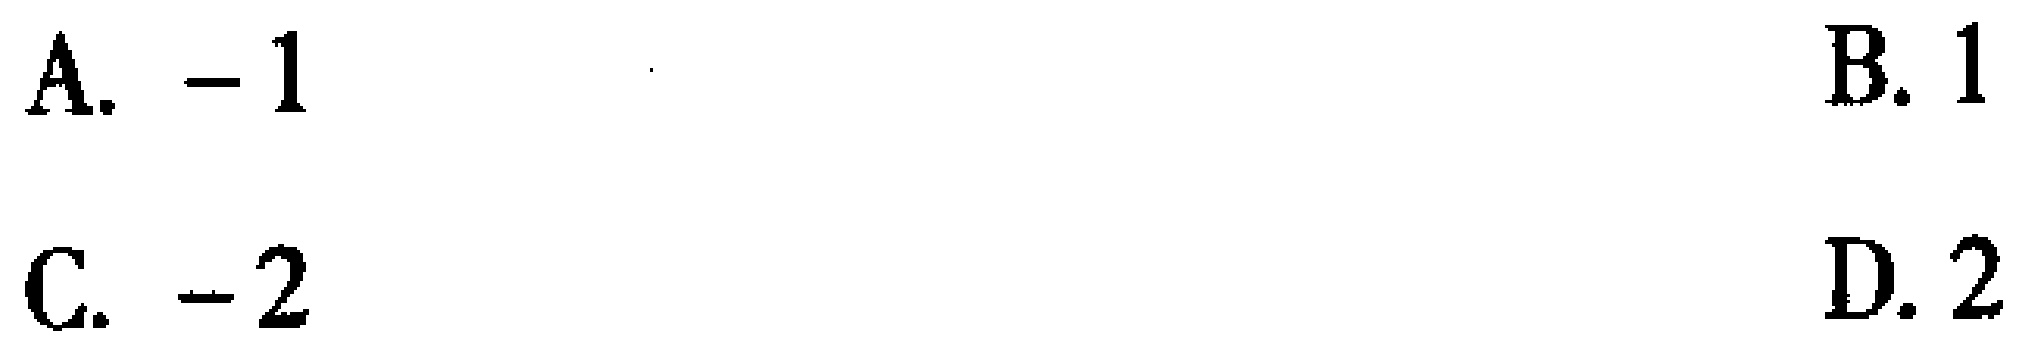
A. $-1$  B. $1$  C. $-2$  D. $2$